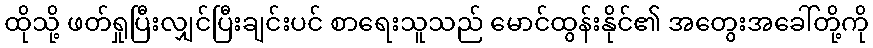
ထိုသို့ ဖတ်ရှုပြီးလျှင်ပြီးချင်းပင် စာရေးသူသည် မောင်ထွန်းနိုင်၏ အတွေးအခေါ်တို့ကို